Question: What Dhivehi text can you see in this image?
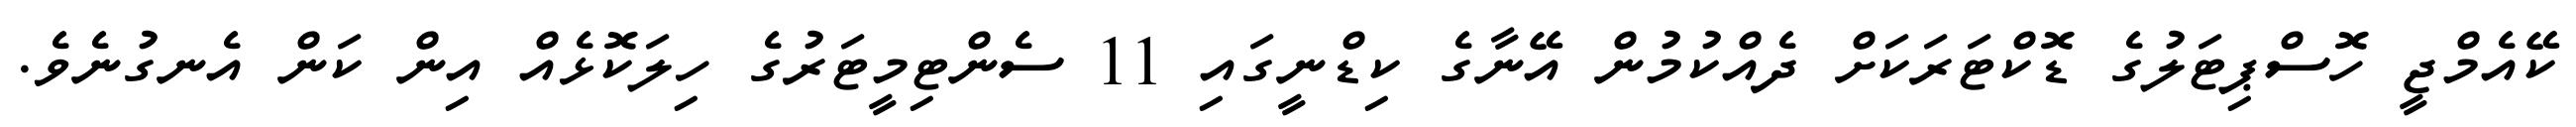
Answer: ކޭއެމްޖީ ހޮސްޕިޓަލުގެ ޑޮކްޓަރަކަށް ދެއްކުމުން އޭނާގެ ކިޑްނީގައި 11 ސެންޓިމީޓަރުގެ ހިލަކޮޅެއް އިން ކަން އެނގުނެވެ.